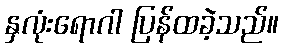
နှလုံးရောဂါ ပြန်ထခဲ့သည်။